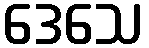
ဒေသေ